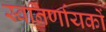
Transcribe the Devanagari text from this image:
स्वनिर्णायकों